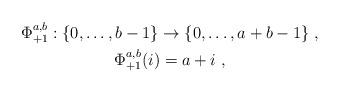
LaTeX: \begin{align*}\begin{gathered}\Phi_{+1}^{a,b}: \{0,\ldots,b-1\}\rightarrow \{0,\ldots,a+b-1\}\;,\\\Phi_{+1}^{a,b}(i)=a+i\;,\end{gathered}\end{align*}